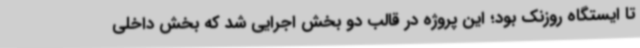
تا ایستگاه روزنک بود؛ این پروژه در قالب دو بخش اجرایی شد که بخش داخلی